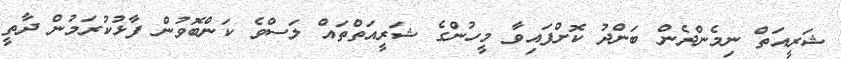
ޝަރީއަތް ނިމެންދެން ބަންދު ކޮށްފައިވާ މީހުންގެ ޝަރީއަތްތައް ލަސްވެ ކަންބޮވުން ފާޅުކުރަމުން ދާތީ